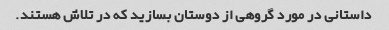
داستانی در مورد گروهی از دوستان بسازید که در تلاش هستند.